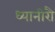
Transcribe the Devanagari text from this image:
ध्यानीरौ